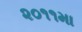
૨૦૧૧મા